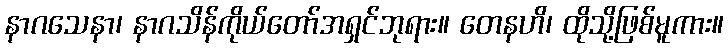
နာဂသေနာ၊ နာဂသိန်ကိုယ်တော်အရှင်ဘုရား။ တေနဟိ၊ ထိုသို့ဖြစ်မူကား။